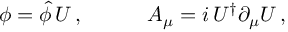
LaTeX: \begin{array} { c c } { { \phi = \hat { \phi } \, { \cal U } \, , ~ ~ ~ } } & { { ~ ~ ~ A _ { \mu } = i \, { \cal U } ^ { \dagger } \partial _ { \mu } { \cal U } \, , } } \end{array}